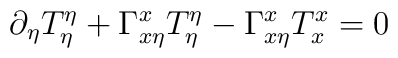
\partial_{\eta}T^{\eta}_{\eta}+\Gamma^{x}_{x\eta}T^{\eta}_{\eta}-\Gamma ^{x}_{x\eta}T^{x}_{x}=0